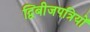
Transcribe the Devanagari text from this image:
द्विबीजपत्रियों